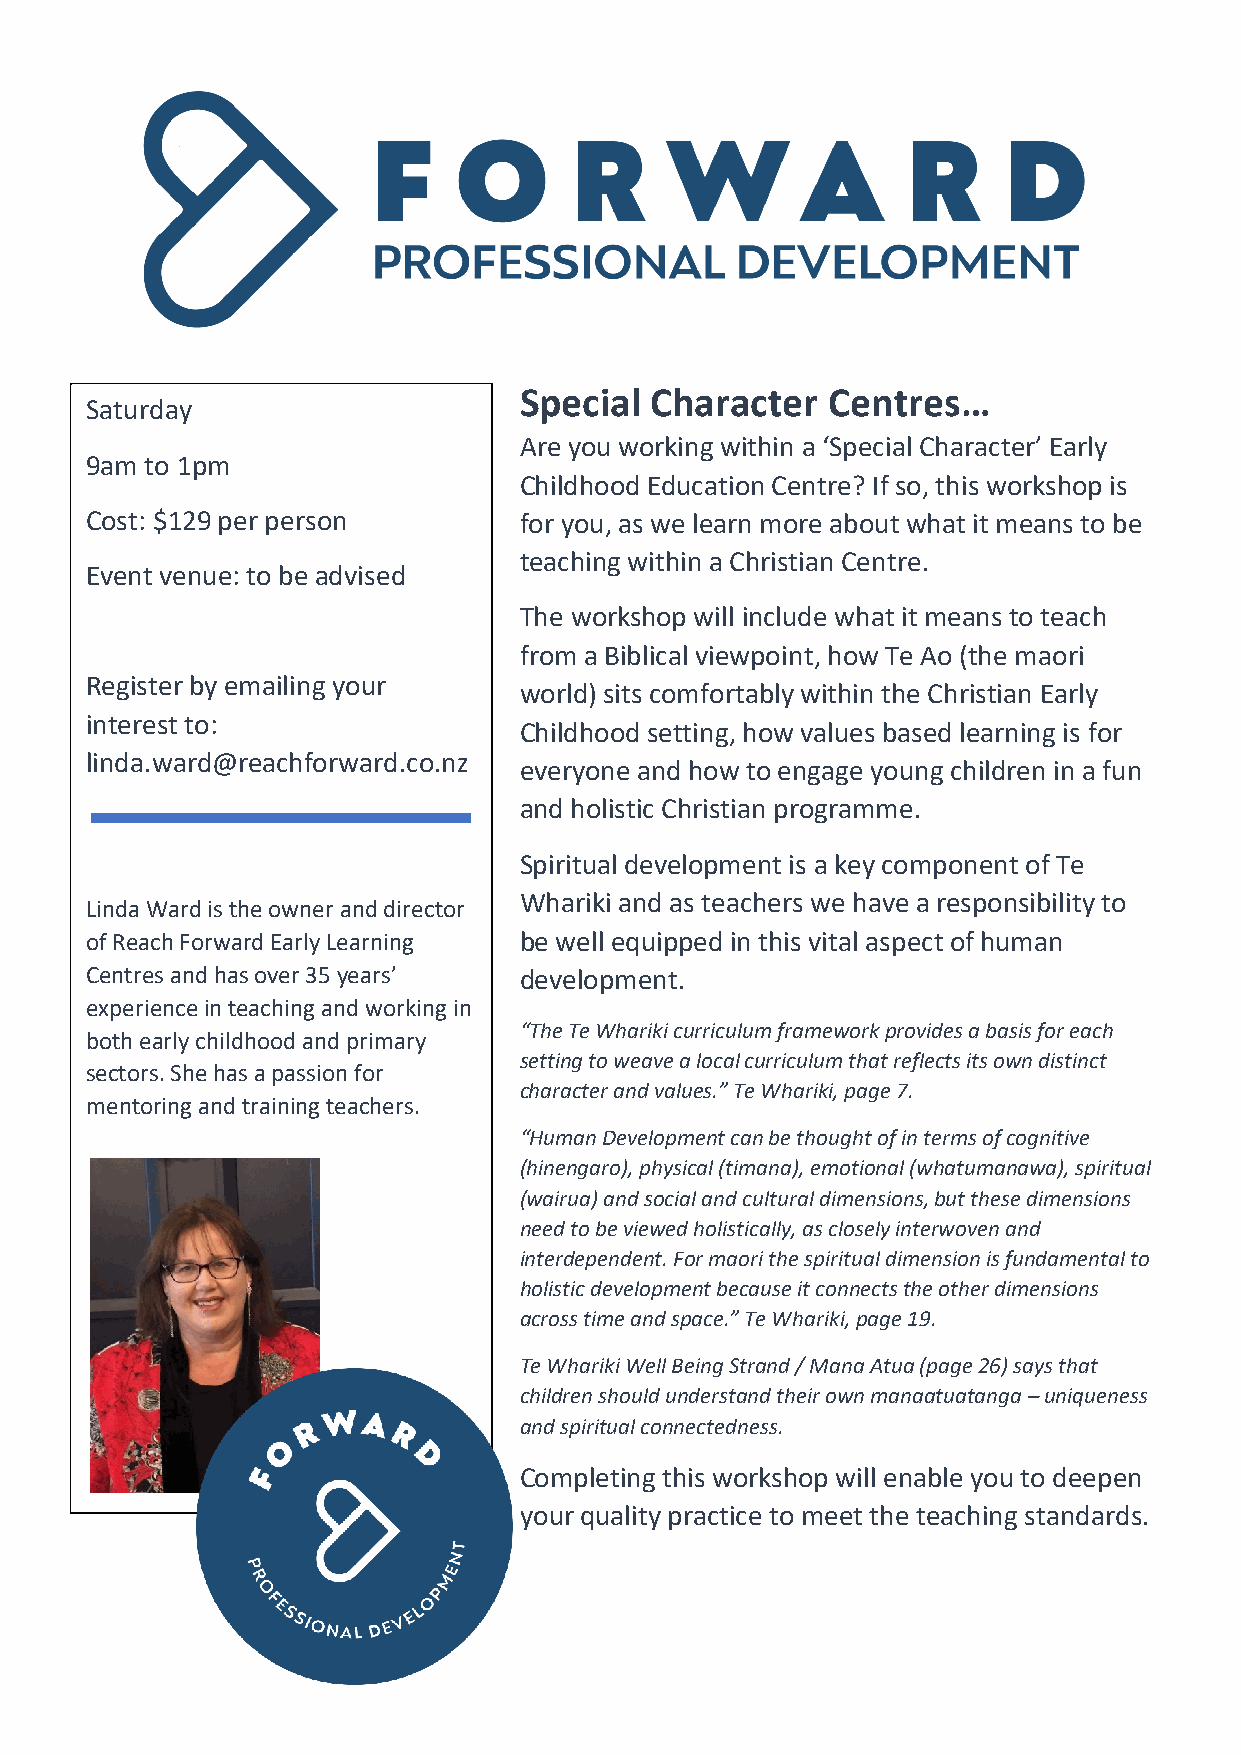
Special  Character   Centres…
 Saturday
 Are you working within a ‘Special Character’ Early
 9am to 1pm
 Childhood Education Centre? If so, this workshop is
 Cost: $129 per person       for you, as we learn more about what it means to be
 teaching within a Christian Centre.
 Event venue: to be advised
 The workshop will include what it means to teach
 from a Biblical viewpoint, how Te Ao (the maori
 Register by emailing your
 world) sits comfortably within the Christian Early
 interest to:
 Childhood setting, how values based learning is for
 linda.ward@reachforward.co.nz
 everyone and how to engage young children in a fun
 and holistic Christian programme.
 Spiritual development is a key component of Te
 Whariki and as teachers we have a responsibility to
 Linda Ward is the owner and director
 of Reach Forward Early Learning be well equipped in this vital aspect of human
 Centres and has over 35 years’ development.
 experience in teaching and working in
 “The Te Whariki curriculum framework provides a basis for each
 both early childhood and primary
 setting to weave a local curriculum that reflects its own distinct
 sectors. She has a passion for
 character and values.” Te Whariki, page 7.
 mentoring and training teachers.
 “Human Development can be thought of in terms of cognitive
 (hinengaro), physical (timana), emotional (whatumanawa), spiritual
 (wairua) and social and cultural dimensions, but these dimensions
 need to be viewed holistically, as closely interwoven and
 interdependent. For maori the spiritual dimension is fundamental to
 holistic development because it connects the other dimensions
 across time and space.” Te Whariki, page 19.
 Te Whariki Well Being Strand / Mana Atua (page 26) says that
 children should understand their own manaatuatanga – uniqueness
 and spiritual connectedness.
 Completing this workshop will enable you to deepen
 your quality practice to meet the teaching standards.